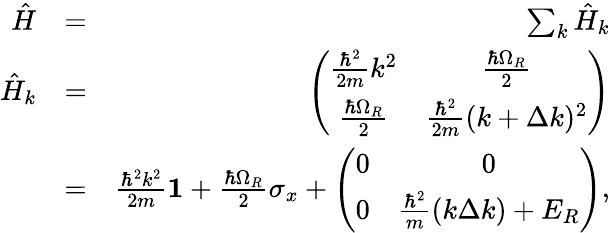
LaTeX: \begin{array}{rlr}{\hat{H}}&{=}&{\sum_{k}\hat{H}_{k}}\\ {\hat{H}_{k}}&{=}&{\left(\begin{array}{cc}{\frac{\hbar^{2}}{2m}k^{2}}&{\frac{\hbar\Omega_{R}}{2}}\\ {\frac{\hbar\Omega_{R}}{2}}&{\frac{\hbar^{2}}{2m}(k+\Delta k)^{2}}\end{array}\right)}\\ &{=}&{\frac{\hbar^{2}k^{2}}{2m}\mathbf{1}+\frac{\hbar\Omega_{R}}{2}\sigma_{x}+\left(\begin{array}{cc}{0}&{0}\\ {0}&{\frac{\hbar^{2}}{m}(k\Delta k)+E_{R}}\end{array}\right),}\end{array}